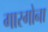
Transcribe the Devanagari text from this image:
गारगोना